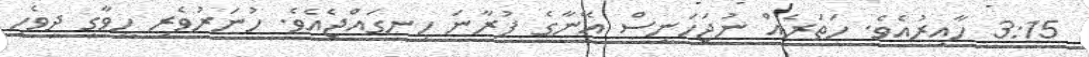
3:15 ހާއިރުއެވެ. ހަތަރެއް ނުޖަހަނީސް އޭނާގެ ފުރާނަ ހިނގައްޖެއެވެ. ހުނަރުވެރި ހީވާގި ދިވެހި